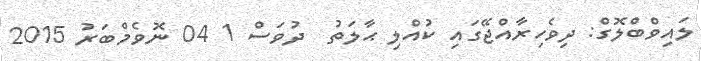
ލައިވްބްލޮގް: ދިވެހިރާއްޖޭގައި ކުއްލި ޙާލަތު  ދުވަސް 1 04 ނޮވެމްބަރު 2015